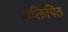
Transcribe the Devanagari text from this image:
शक्तिपिठ